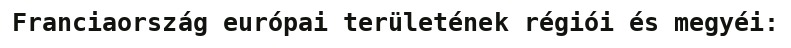
Franciaország európai területének régiói és megyéi: